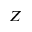
Z